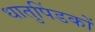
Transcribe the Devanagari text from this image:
धातुपिंडकों